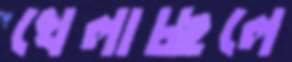
খেলাচ্ছলে